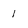
Character: 1